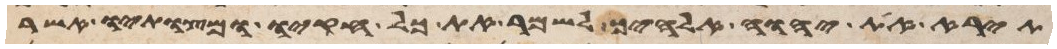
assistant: תירא את יהוה אלהיך לשמר את כל חקיו ומצותיו אשר